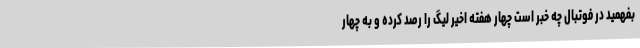
بفهمید در فوتبال چه خبر است چهار هفته اخیر لیگ را رصد کرده و به چهار